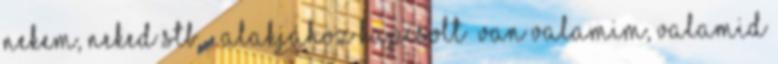
nekem, neked stb. – alakjához kapcsolt „van valamim, valamid